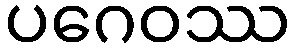
ပဂေဝဿ